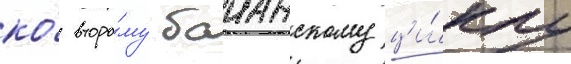
ко́ второ́му баианскому ци́клу